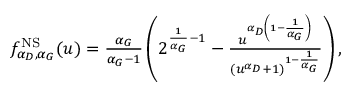
\begin{array} { r } { f _ { \alpha _ { D } , \alpha _ { G } } ^ { \mathrm { N S } } ( u ) = \frac { \alpha _ { G } } { \alpha _ { G } - 1 } \left( 2 ^ { \frac { 1 } { \alpha _ { G } } - 1 } - \frac { u ^ { \alpha _ { D } \left( 1 - \frac { 1 } { \alpha _ { G } } \right) } } { ( u ^ { \alpha _ { D } } + 1 ) ^ { 1 - \frac { 1 } { \alpha _ { G } } } } \right) , } \end{array}